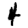
Digit: 4